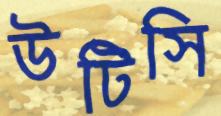
উটিসি